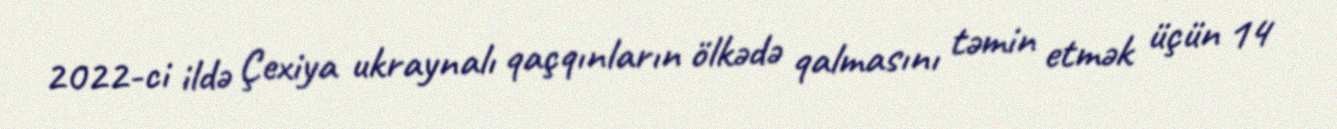
2022-ci ildə Çexiya ukraynalı qaçqınların ölkədə qalmasını təmin etmək üçün 14